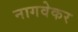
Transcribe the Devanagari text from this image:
नागवेकर